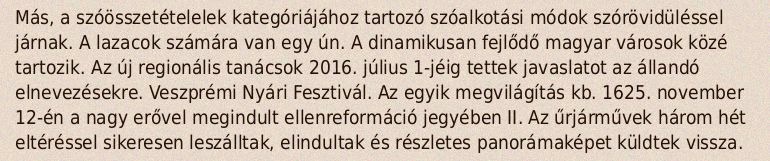
Más, a szóösszetételelek kategóriájához tartozó szóalkotási módok szórövidüléssel járnak. A lazacok számára van egy ún. A dinamikusan fejlődő magyar városok közé tartozik. Az új regionális tanácsok 2016. július 1-jéig tettek javaslatot az állandó elnevezésekre. Veszprémi Nyári Fesztivál. Az egyik megvilágítás kb. 1625. november 12-én a nagy erővel megindult ellenreformáció jegyében II. Az űrjárművek három hét eltéréssel sikeresen leszálltak, elindultak és részletes panorámaképet küldtek vissza.